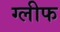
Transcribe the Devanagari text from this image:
ग्लीफ